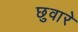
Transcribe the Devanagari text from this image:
छुवारे